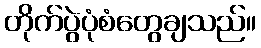
တိုက်ပွဲပုံစံတွေချသည်။